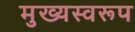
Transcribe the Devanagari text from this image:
मुख्यस्वरूप